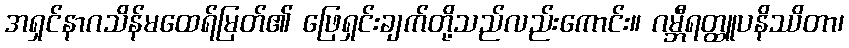
အရှင်နာဂသိန်မထေရ်မြတ်၏ ဖြေရှင်းချက်တို့သည်လည်းကောင်း။ ဂမ္ဘီရတ္ထူပနိဿိတာ၊